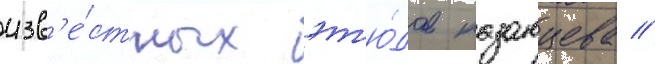
изв'е́стных эт'ю́дов казанцева //